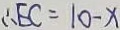
\therefore E C = 1 0 - x